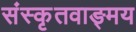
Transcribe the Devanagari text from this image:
संस्कृतवाङ्मय